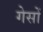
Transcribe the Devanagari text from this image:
गेसों